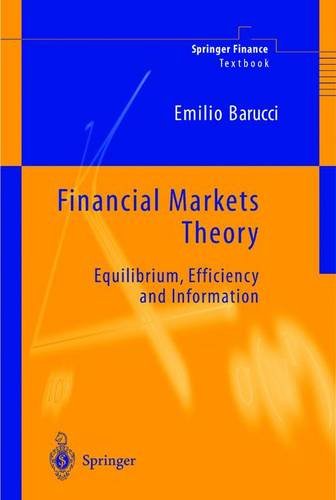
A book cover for Financial Markets Theory: Equilibrium, Efficiency and Information (Springer Finance); Emilio Barucci; Science & Math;